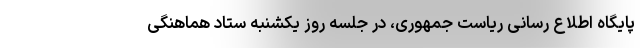
پایگاه اطلاع رسانی ریاست جمهوری، در جلسه روز یکشنبه ستاد هماهنگی